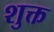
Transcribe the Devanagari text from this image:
शुक्त